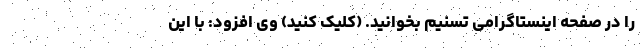
را در صفحه اینستاگرامی تسنیم بخوانید. (کلیک کنید) وی افزود: با این